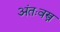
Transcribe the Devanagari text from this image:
अंतःवस्त्र